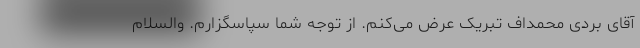
آقای بردی محمداف تبریک عرض می‌کنم. از توجه شما سپاسگزارم. والسلام